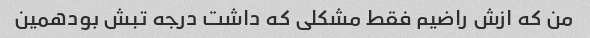
من که ازش راضیم فقط مشکلی که داشت درجه تبش بودهمین